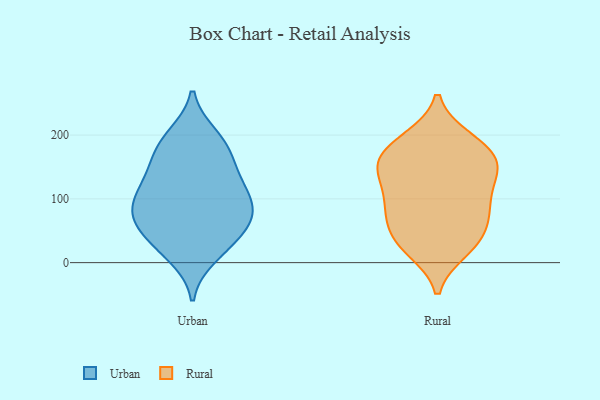
{"axis": {"x": "Bounce Rate (%)", "y": "Value"}, "legend": ["Rural", "Urban"], "data": [{"x": "", "y": 76, "type": "Urban"}, {"x": "", "y": 80, "type": "Urban"}, {"x": "", "y": 92, "type": "Urban"}, {"x": "", "y": 175, "type": "Urban"}, {"x": "", "y": 100, "type": "Urban"}, {"x": "", "y": 24, "type": "Urban"}, {"x": "", "y": 199, "type": "Urban"}, {"x": "", "y": 59, "type": "Urban"}, {"x": "", "y": 60, "type": "Urban"}, {"x": "", "y": 138, "type": "Urban"}, {"x": "", "y": 10, "type": "Urban"}, {"x": "", "y": 30, "type": "Urban"}, {"x": "", "y": 62, "type": "Urban"}, {"x": "", "y": 171, "type": "Urban"}, {"x": "", "y": 143, "type": "Urban"}, {"x": "", "y": 111, "type": "Urban"}, {"x": "", "y": 118, "type": "Urban"}, {"x": "", "y": 195, "type": "Urban"}, {"x": "", "y": 23, "type": "Rural"}, {"x": "", "y": 111, "type": "Rural"}, {"x": "", "y": 151, "type": "Rural"}, {"x": "", "y": 71, "type": "Rural"}, {"x": "", "y": 148, "type": "Rural"}, {"x": "", "y": 37, "type": "Rural"}, {"x": "", "y": 162, "type": "Rural"}, {"x": "", "y": 96, "type": "Rural"}, {"x": "", "y": 158, "type": "Rural"}, {"x": "", "y": 194, "type": "Rural"}, {"x": "", "y": 20, "type": "Rural"}, {"x": "", "y": 188, "type": "Rural"}, {"x": "", "y": 152, "type": "Rural"}, {"x": "", "y": 74, "type": "Rural"}, {"x": "", "y": 67, "type": "Rural"}, {"x": "", "y": 133, "type": "Rural"}, {"x": "", "y": 35, "type": "Rural"}, {"x": "", "y": 97, "type": "Rural"}, {"x": "", "y": 189, "type": "Rural"}]}